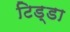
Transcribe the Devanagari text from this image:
टिड्डा